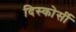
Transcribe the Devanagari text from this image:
दिस्कोर्सी